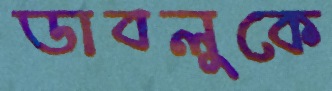
ডাবলুকে